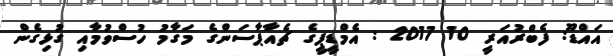
އައްޑޫ: ފެެބްރުއަރީ 10 2017 : އެމްޑީޕީގެ ޗެއާޕާސަންގެ މަގާމު ހުސްވުމާއި ގުޅިގެން